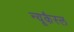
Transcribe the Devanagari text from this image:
न्यूकैस्ल